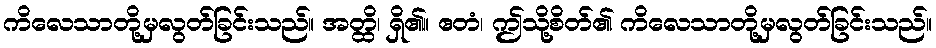
ကိလေသာတို့မှလွတ်ခြင်းသည်။ အတ္ထိ၊ ရှိ၏။ ဧတံ၊ ဤသို့စိတ်၏ ကိလေသာတို့မှလွတ်ခြင်းသည်။